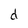
Character: d